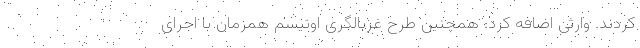
‌کردند. وارثی اضافه کرد: همچنین طرح غربالگری اوتیسم همزمان با اجرای